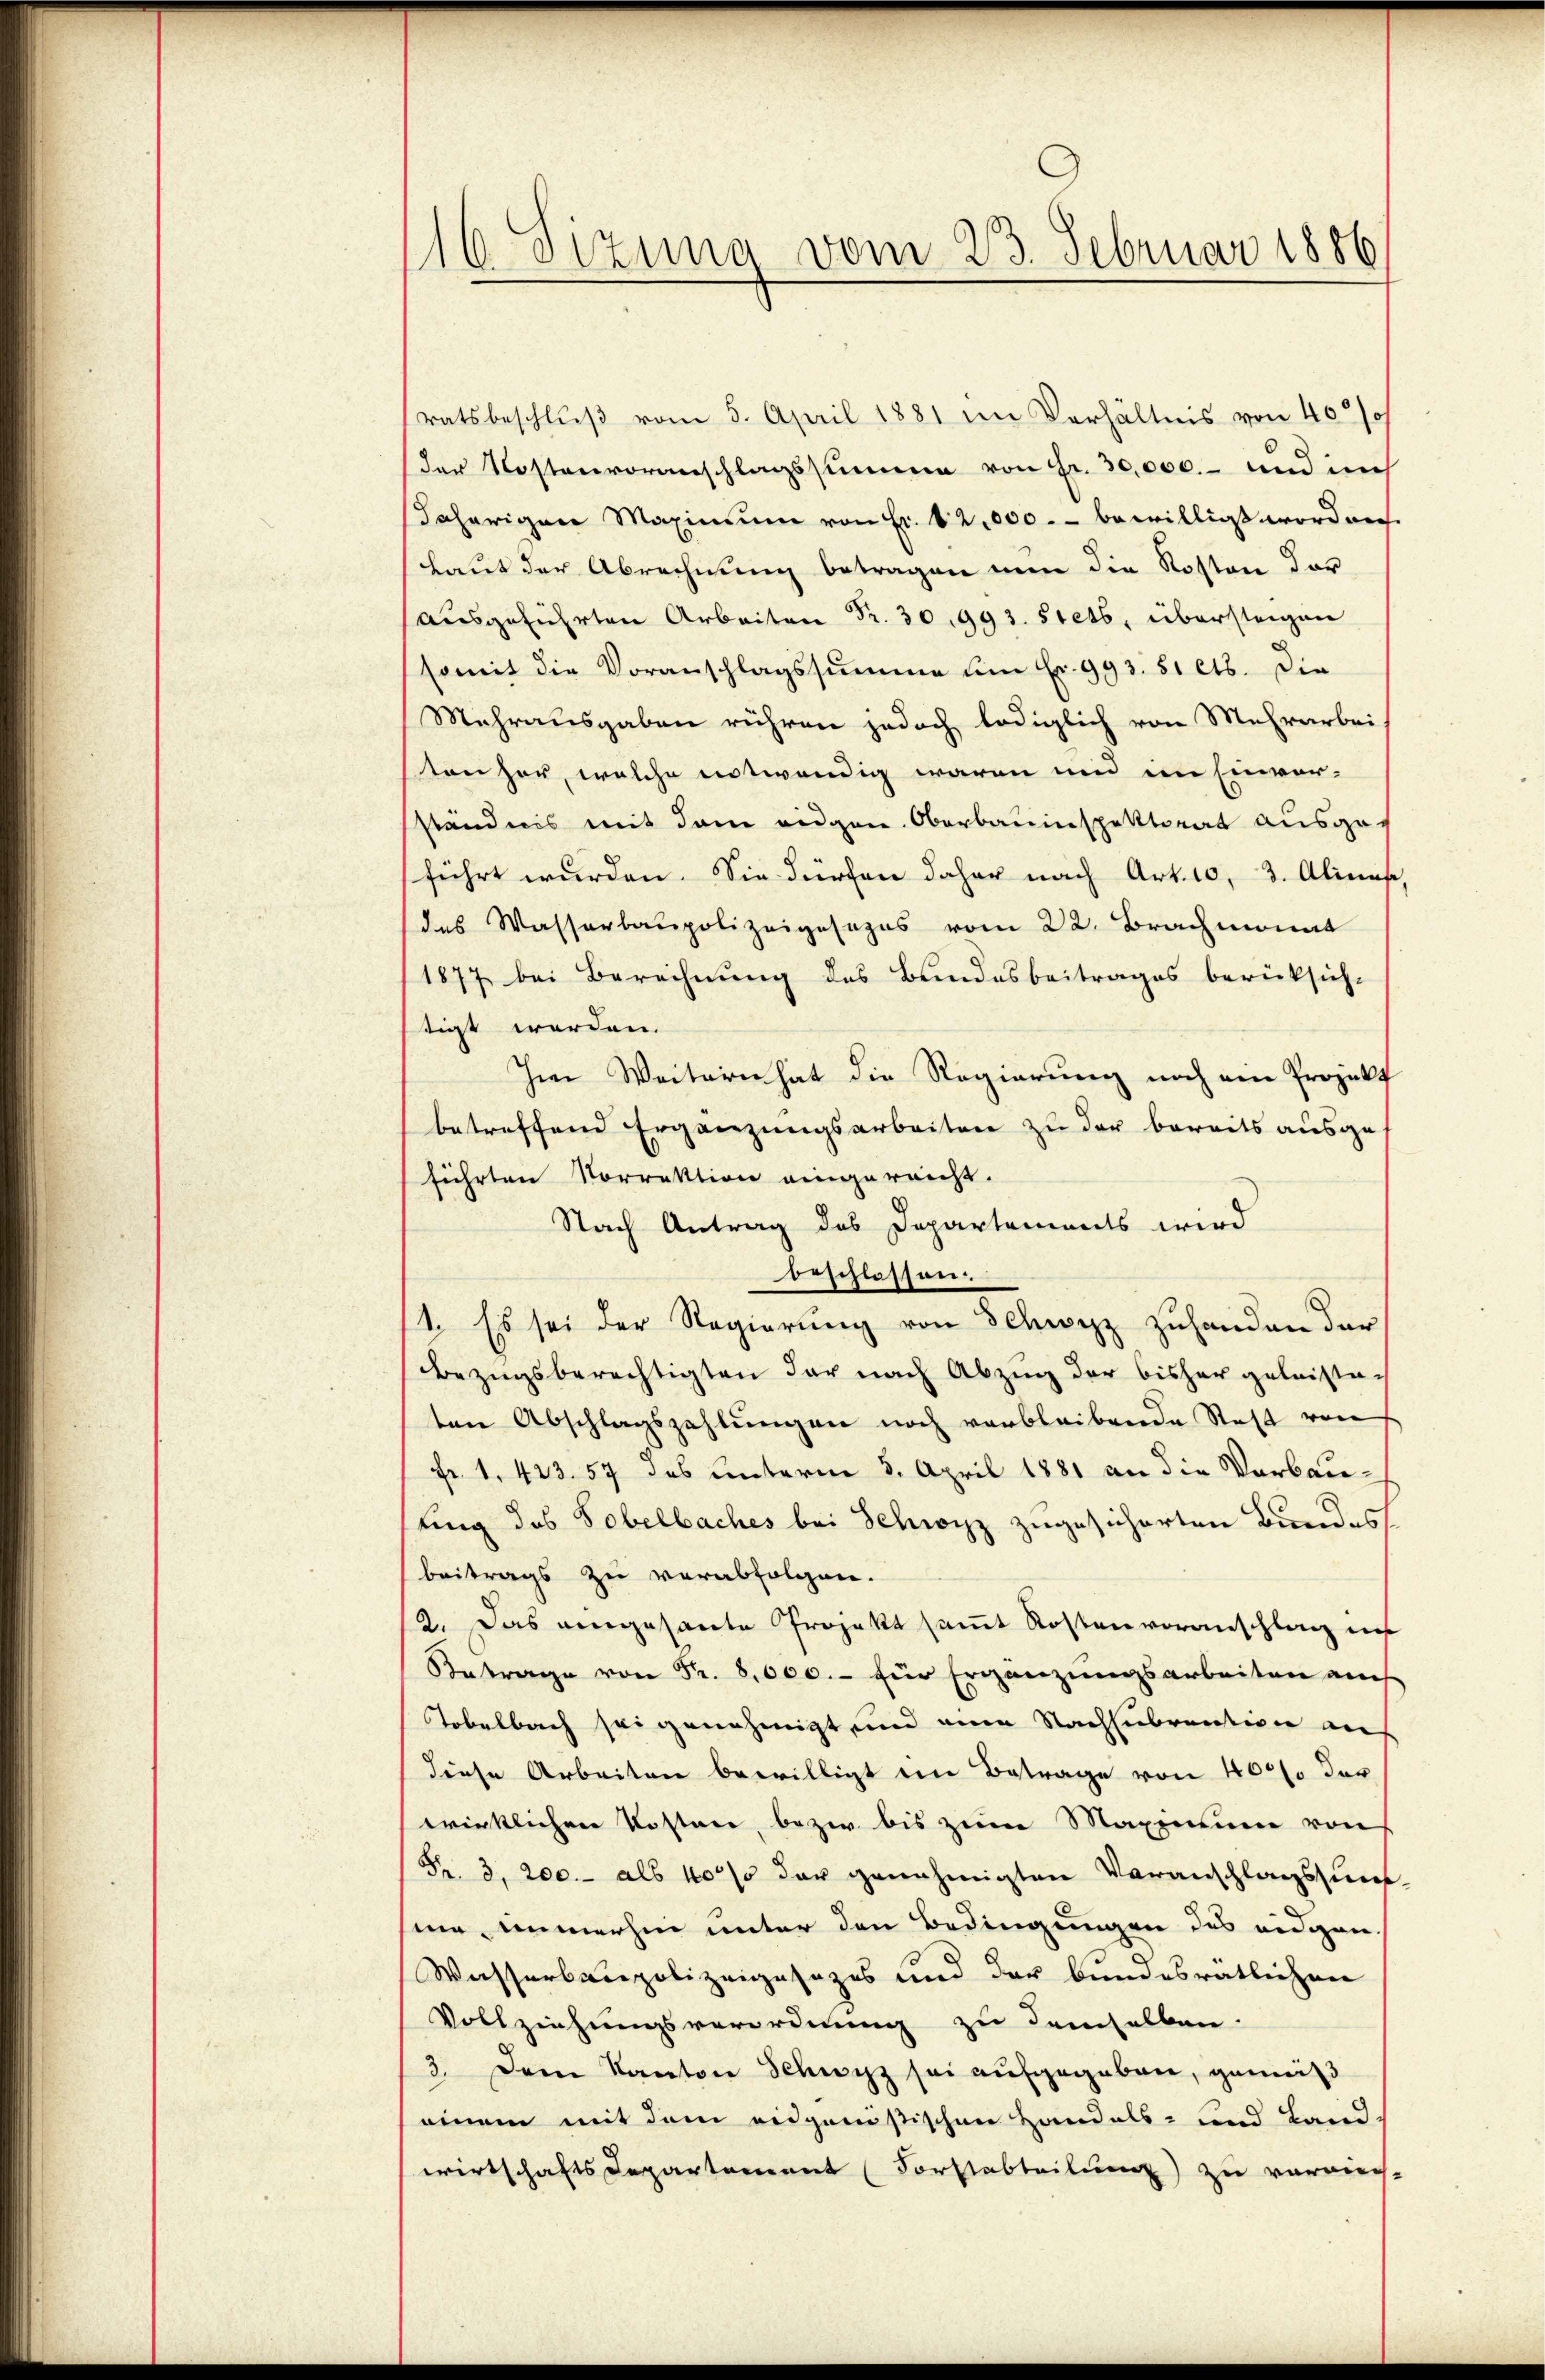
116. Sizung vom 23. Februar 1886

ratsbeschlŭβ vom 5. April 1881 im Verhältnis von 40%
der Kostenvoranschlagssumme von Fr. 30,000.- und in
daherigen Maximŭm von Fr. 12,000.- bewilligt word nich
Laut der Abrechnung betragen nun die Kosten der
ausgeführten Arbeiten Fr. 30. 1993. stets, übersteigen
somit die Voranschlagssumme um Fr. 993. 51 cts. Die
Mehrausgaben rühren jedoch lediglich von Mehrarbei
ton her, welche entwendig waren und im Einver-
ständnis mit dem eidgen. Oberbauinspektorat ausge-
führt wurden. Sie dürfen daher nach Art. 10, 3. Alinas,
des Wasserbaupolizeigesezes vom 22. Brachmonat
1877 bei Berechnung des Bundesbeitrages berücksich-
tigt worden.
Im Weitern hat die Regierung noch ein Projekt
betreffend Ergänzungsarbeiten zu der bereits ausge-
führten Vorrektion eingereicht.
Nach Antrag des Departements wird
beschlossen.
1. Es sei der Regierung von Schwyz zuhanden der
Bezugsberechtigten der nach Abzug der bisher geleistaten Abschlagszahlŭngen noch verbleibende Statt von
Fr. 1. 423. 57 des unterm 5. April 1881 an die Verbauting des Tobelbaches bei Schwyz zugesicherten Bundes
beitrags zu verabfolgen.
12. Das angesante Projekt samt Kostenvoranschlag ins
Betrage von Fr. 8,000.- für Ergänzungsarbeiten auch
Tobelbach sei genehmigt, und eine Nachsubvention an
diese Arbeiten bewilligt im Betrage von 40% der
wirklichen Kosten, bezi bis zum Maximum von
Fr. 3. 200.- als 100% der genehmigten Voranschlagsunf
nie, immerhin unter den Bedingungen des eidgen.
Wasserbaupolizeigesezes und der bundesrätlichenen
Vollziehungsverordnung zu demselben.
3. Dem Kanton Schwyz sei aufgegeben, gemäß
einem mit dem eidgenößischen Handels- und Land
wirtschafts Departement (Forstabteilung) zu verrich-